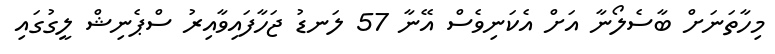
މިހާތަނަށް ބާސެލޯނާ އަށް އެކަނިވެސް އޭނާ 57 ލަނޑު ޖަހާފައިވާއިރު ސްޕެނިޝް ލީގުގައި